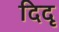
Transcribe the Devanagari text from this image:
दिदृ